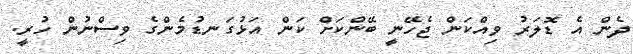
ދެން އެ ޑޮލަރު ވިއްކަން ޖެހޭނީ ބޭންކަށް ކަން އަޅުގަނޑުމެންގެ ވިސްނުން ހުރީ.